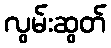
လွမ်းဆွတ်